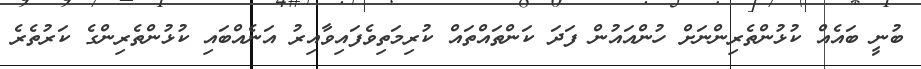
ބުނީ ބައެއް ކުޅުންތެރިންނަށް ހުންއައުން ފަދަ ކަންތައްތައް ކުރިމަތިވެފައިވާއިރު އަނެއްބައި ކުޅުންތެރިންގެ ކަރުތެރެ